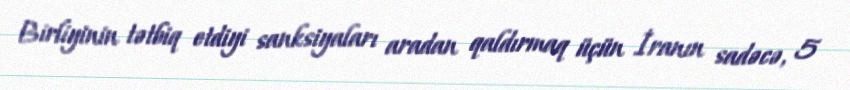
Birliyinin tətbiq etdiyi sanksiyaları aradan qaldırmaq üçün İranın sadəcə, 5